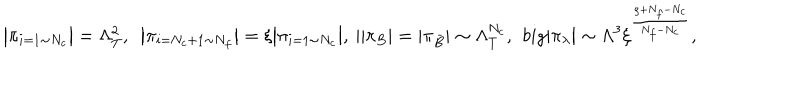
\big | \pi _ { i = 1 \sim N _ { c } } \big | = \Lambda _ { T } ^ { 2 } , \ \ \big | \pi _ { i = N _ { c } + 1 \sim N _ { f } } \big | = \xi \big | \pi _ { i = 1 \sim N _ { c } } \big | , \ \| \pi _ { B } | = | \pi _ { \bar { B } } | \sim \Lambda _ { T } ^ { N _ { c } } , \ \, b i g | \pi _ { \lambda } \big | \sim \Lambda ^ { 3 } \xi ^ { \frac { \rho + N _ { f } - N _ { c } } { N _ { f } - N _ { c } } } ,